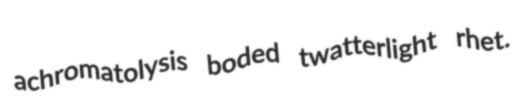
achromatolysis boded twatterlight rhet.